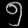
Digit: ၅